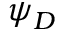
\boldsymbol { \psi } _ { D }